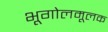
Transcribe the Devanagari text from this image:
भूगोलमूलक